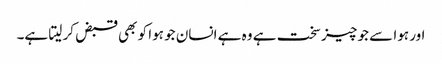
اور ہوا سے جو چیز سخت ہے وہ ہے انسان جو ہوا کو بھی قبض کر لیتا ہے۔